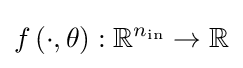
f\left(\cdot ,\theta \right):\mathbb {R} ^{n_{\mathrm {in} }}\to \mathbb {R}